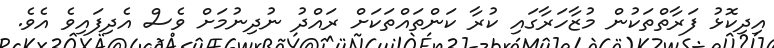
އިދިކޮޅު ފަރާތްތަކުން މުޒާހަރާގައި ކުރާ ކަންތައްތަކަށް ރައްދު ނުދިނުމަށް ވެސް އެދިފައިވެ އެވެ.